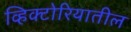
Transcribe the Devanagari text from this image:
व्हिक्टोरियातील